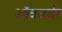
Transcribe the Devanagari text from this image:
ऑवजर्वर